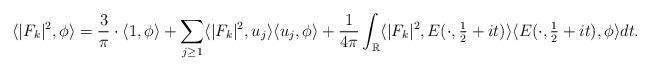
LaTeX: \begin{align*} \langle |F_k|^2 , \phi \rangle =\frac{3}{\pi} \cdot \langle 1, \phi \rangle + \sum_{j \geq 1}\langle |F_k|^2 , u_j \rangle \langle u_j , \phi \rangle + \frac{1}{4\pi}\int_{\mathbb{R}} \langle |F_k|^2, E(\cdot, \tfrac 12 + it)\rangle \langle E(\cdot , \tfrac 12 + it) , \phi \rangle dt. \end{align*}